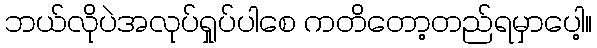
ဘယ်လိုပဲအလုပ်ရှုပ်ပါစေ ကတိတော့တည်ရမှာပေါ့။